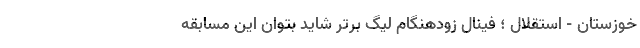
خوزستان - استقلال ؛ فینال زودهنگام لیگ برتر شاید بتوان این مسابقه